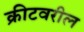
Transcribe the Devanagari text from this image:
क्रीटवरील